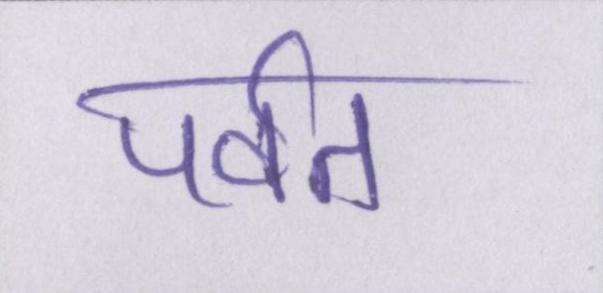
पर्वत